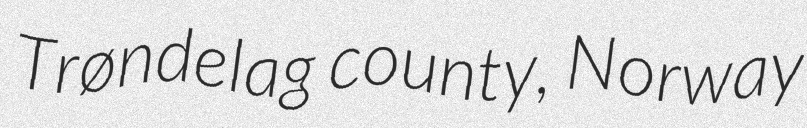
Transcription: Trøndelag county, Norway